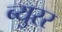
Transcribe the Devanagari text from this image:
ब्युरर